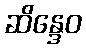
ဆိန္ဒေဝ